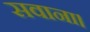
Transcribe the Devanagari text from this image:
सवाना।